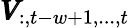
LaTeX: \pmb{V}_{:,t-w+1,...,t}